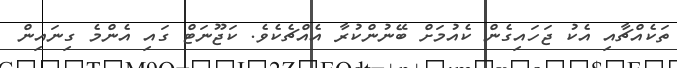
ތަކެއްޗާއި އެކު ޖަހައިގެން ކެއުމަށް ބޭނުންކުރާ އެއްޗެކެވެ. ކަޖޫނަޓް ގައި އެންމެ ގިނައިން